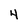
Character: 4